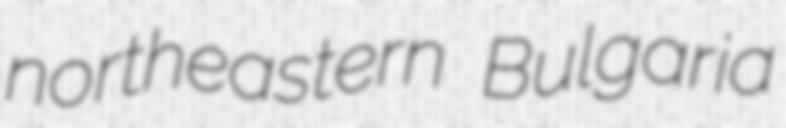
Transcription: northeastern Bulgaria